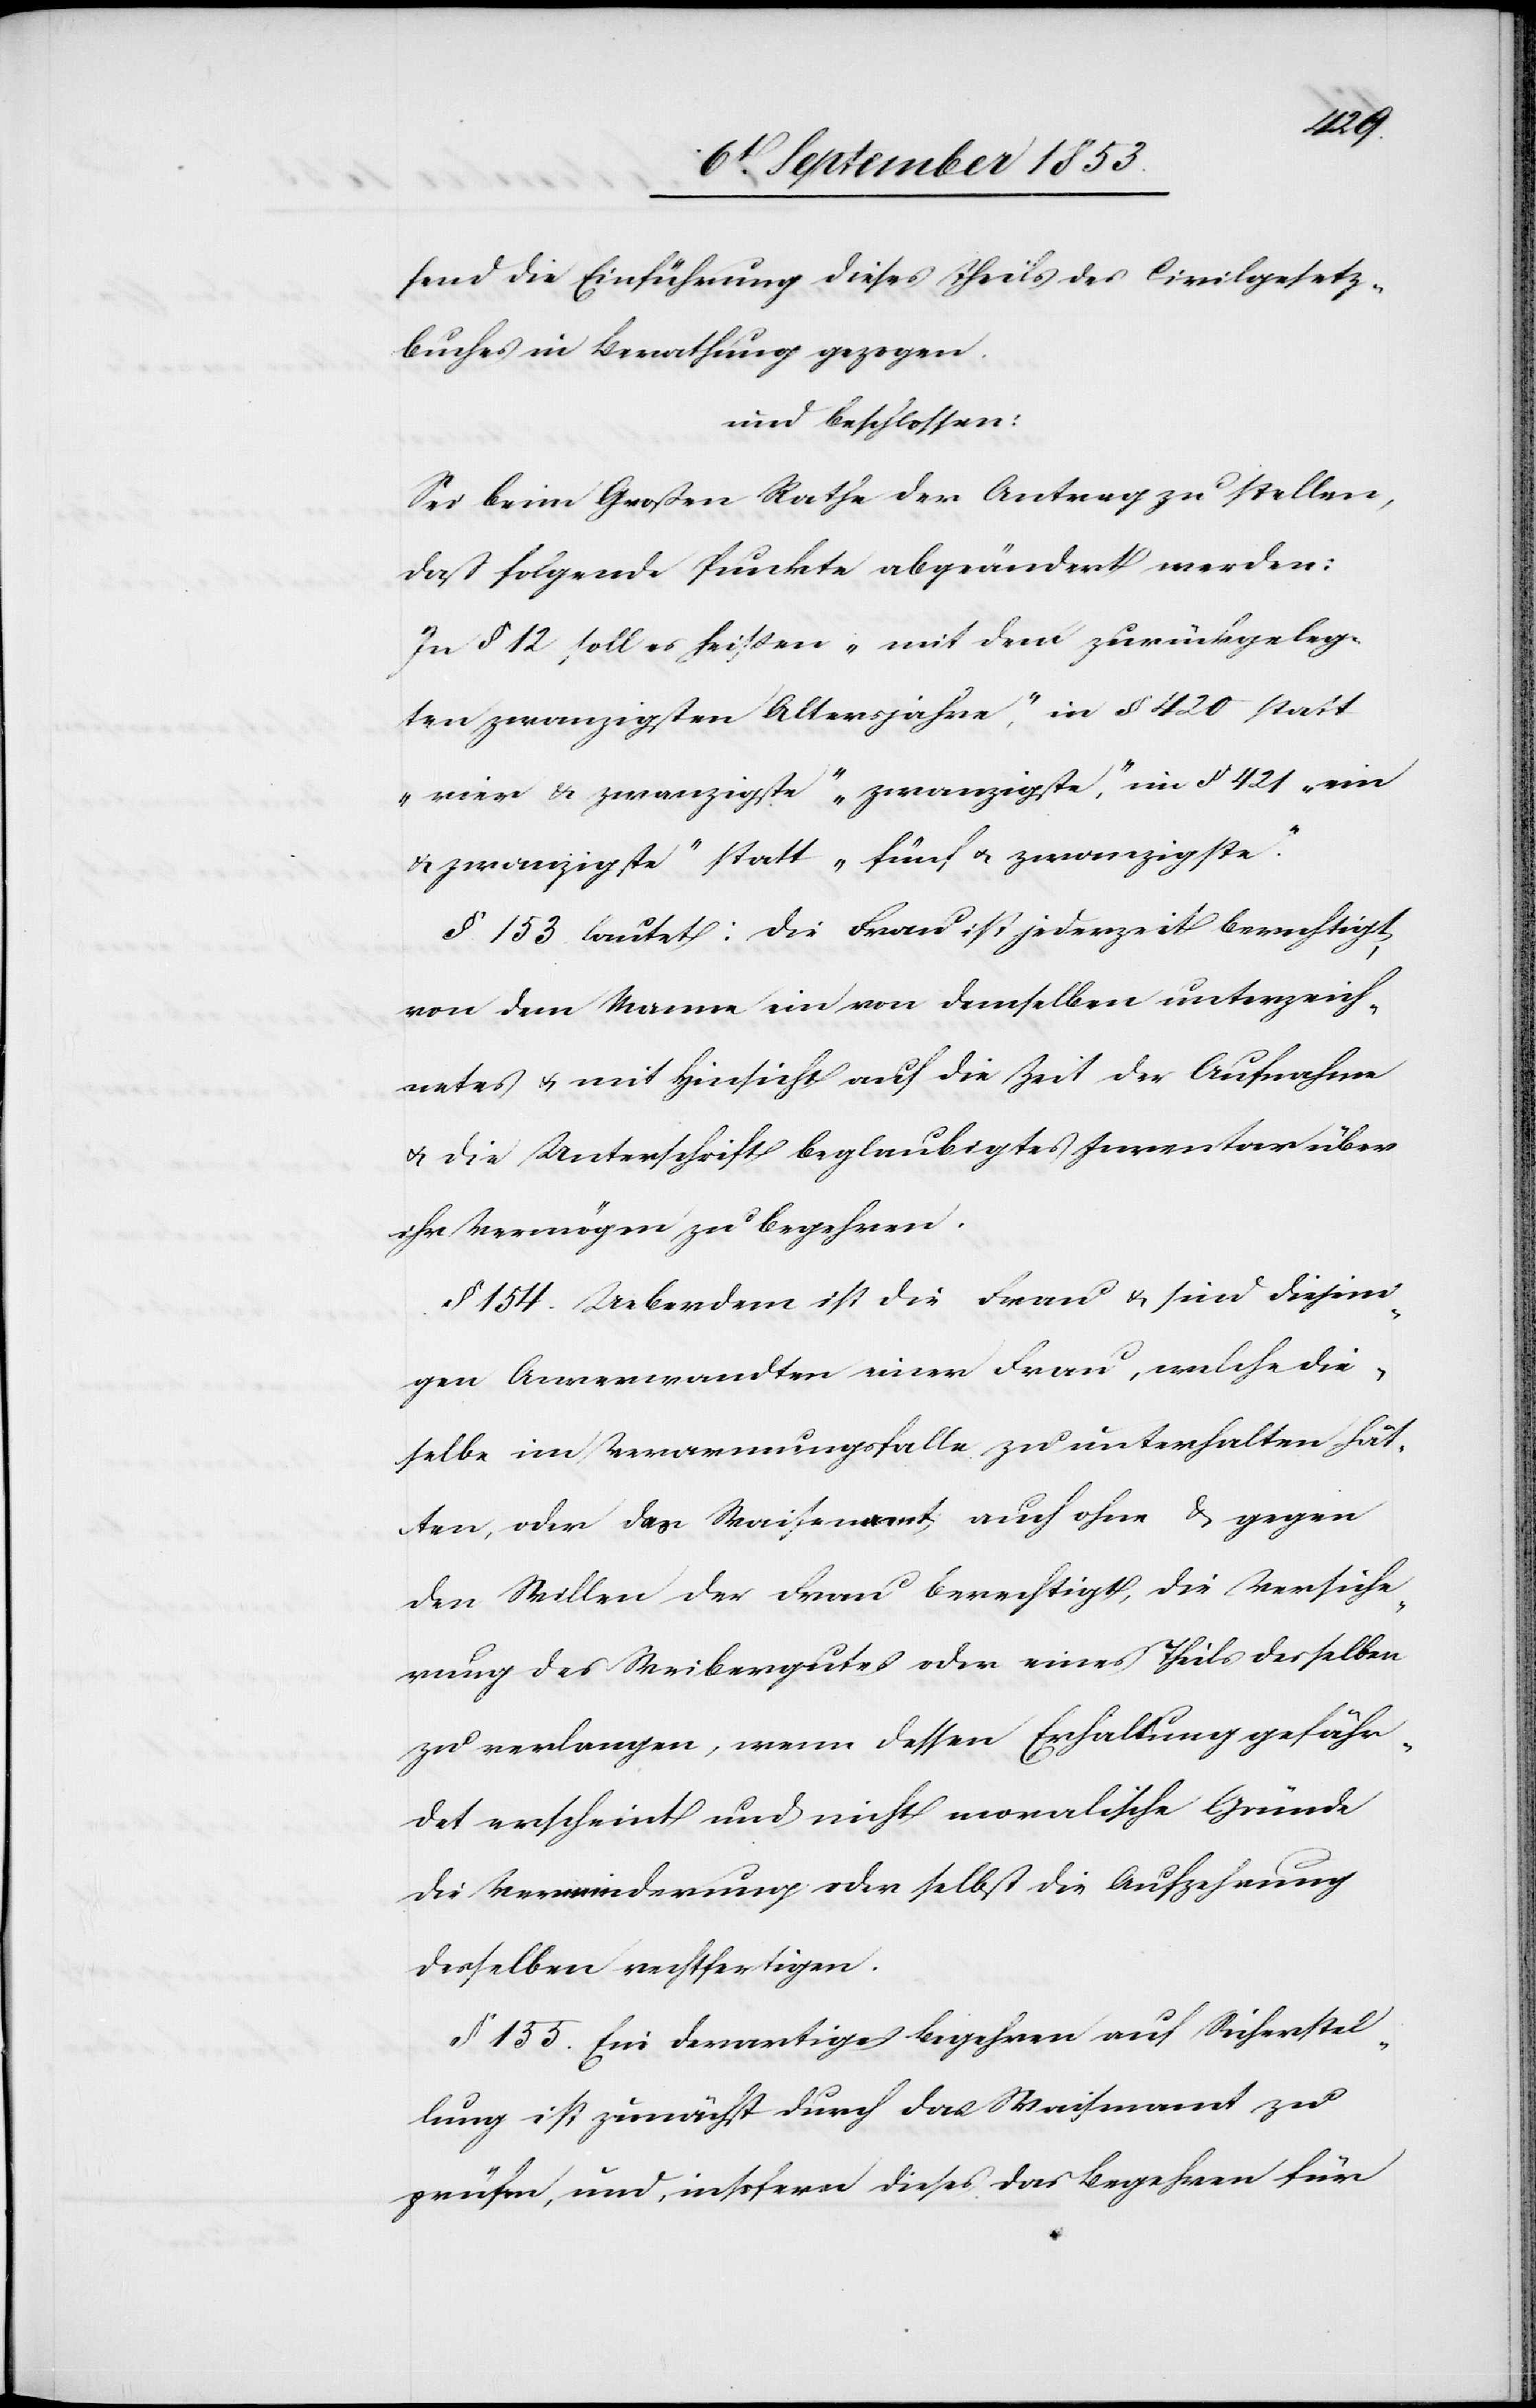
fend die Einführung dieses Theiles des Civilgesetz¬
buches in Berathung gezogen.
und beschlossen:
Sei beim Großen Rathe der Antrag zu stellen,
daß folgende Punkte abgeändert werden:
In § 12, soll es heißen „mit dem zurückgeleg¬
ten zwanzigsten Altersjahre“, in § 420 statt
„vier u. zwanzigste“ „zwanzigste“, im § 421 „ein
u. zwanzigste“ statt „fünf u. zwanzigste“.
§ 153 lautet: Die Frau ist jederzeit berechtigt,
von dem Manne ein in demselben unterzeich¬
netes u. mit Hinsicht auf die Zeit der Aufnahme
u. die Unterschrift beglaubigtes Inventar über
ihr Vermögen zu begehren.
§ 154 Ueberdem ist die Frau u. sind diejen¬
igen Anverwandten einer Frau, welche die¬
selbe im Verarmungsfalle zu unterhalten hät¬
ten, oder das Waisenamt, auch ohne u. gegen
den Willen der Frau berechtigt, die Versiche¬
rung des Weibergutes oder eines Theils desselben
zu verlangen, wenn dessen Erhaltung gefähr¬
det erscheint und nicht moralische Gründe
die Verminderung oder selbst die Aufzehrung
desselben rechtfertigen.
§ 155. Ein derartiges Begehren auf Sicherstel¬
lung ist zunächst durch das Waisenamt zu
prüfen, und, insofern dieses das Begehren für